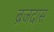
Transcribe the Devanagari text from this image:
ब्रजदास